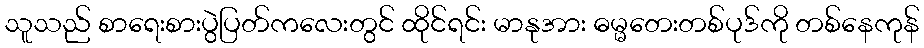
သူသည် စာရေးစားပွဲပြတ်ကလေးတွင် ထိုင်ရင်း မာနုအား ဓမ္မတေးတစ်ပုဒ်ကို တစ်နေကုန်